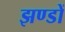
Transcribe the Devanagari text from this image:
झण्‍डों